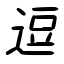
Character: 逗